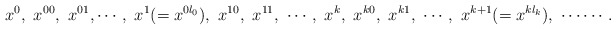
\begin{align*}x^0 ,\ x^{00},\ x^{01},\cdots,\ x^1(=x^{0l_0}),\ x^{10},\ x^{11},\ \cdots,\ x^k,\ x^{k0},\ x^{k1},\ \cdots,\ x^{k+1}(=x^{kl_k}),\ \cdots\cdots.\end{align*}